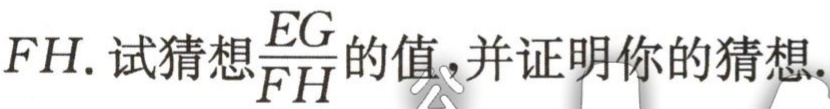
$FH$. 试猜想$\frac{EG}{FH}$的值，并证明你的猜想.